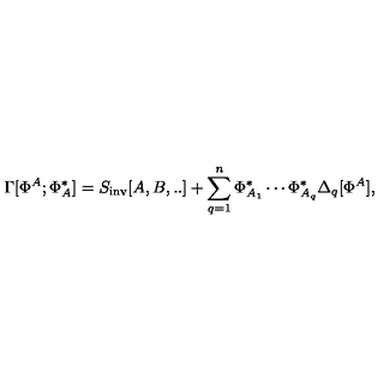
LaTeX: \Gamma [ \Phi ^ { A } ; \Phi _ { A } ^ { * } ] = S _ { \mathrm { i n v } } [ A , B , . . ] + \sum _ { q = 1 } ^ { n } \Phi _ { A _ { 1 } } ^ { * } \cdots \Phi _ { A _ { q } } ^ { * } \Delta _ { q } [ \Phi ^ { A } ] ,